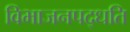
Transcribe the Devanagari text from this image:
विभाजनपद्धति